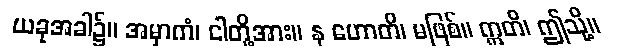
ယခုအခါ၌။ အမှာကံ၊ ငါတို့အား။ န ဟောတိ၊ မဖြစ်။ ဣတိ၊ ဤသို့။